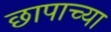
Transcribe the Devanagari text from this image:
छापाच्या